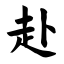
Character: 赴